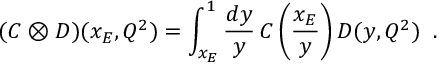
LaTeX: ( C \otimes D ) ( x _ { E } , Q ^ { 2 } ) = \int _ { x _ { E } } ^ { 1 } \frac { d y } { y } \, C \left( \frac { x _ { E } } { y } \right) D ( y , Q ^ { 2 } ) \; \; .